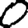
Digit: 0